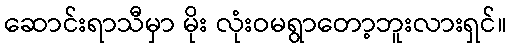
ဆောင်းရာသီမှာ မိုး လုံးဝမရွာတော့ဘူးလားရှင်။